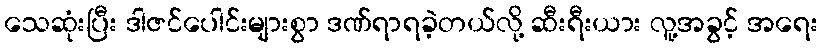
သေဆုံးပြီး ဒါဇင်ပေါင်းများစွာ ဒဏ်ရာရခဲ့တယ်လို့ ဆီးရီးယား လူ့အခွင့် အရေး